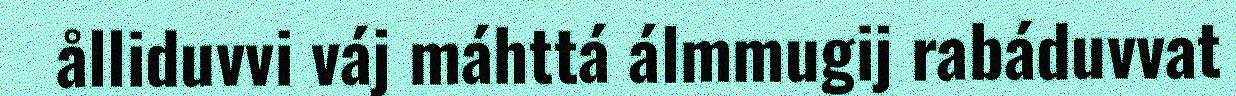
ålliduvvi váj máhttá álmmugij rabáduvvat